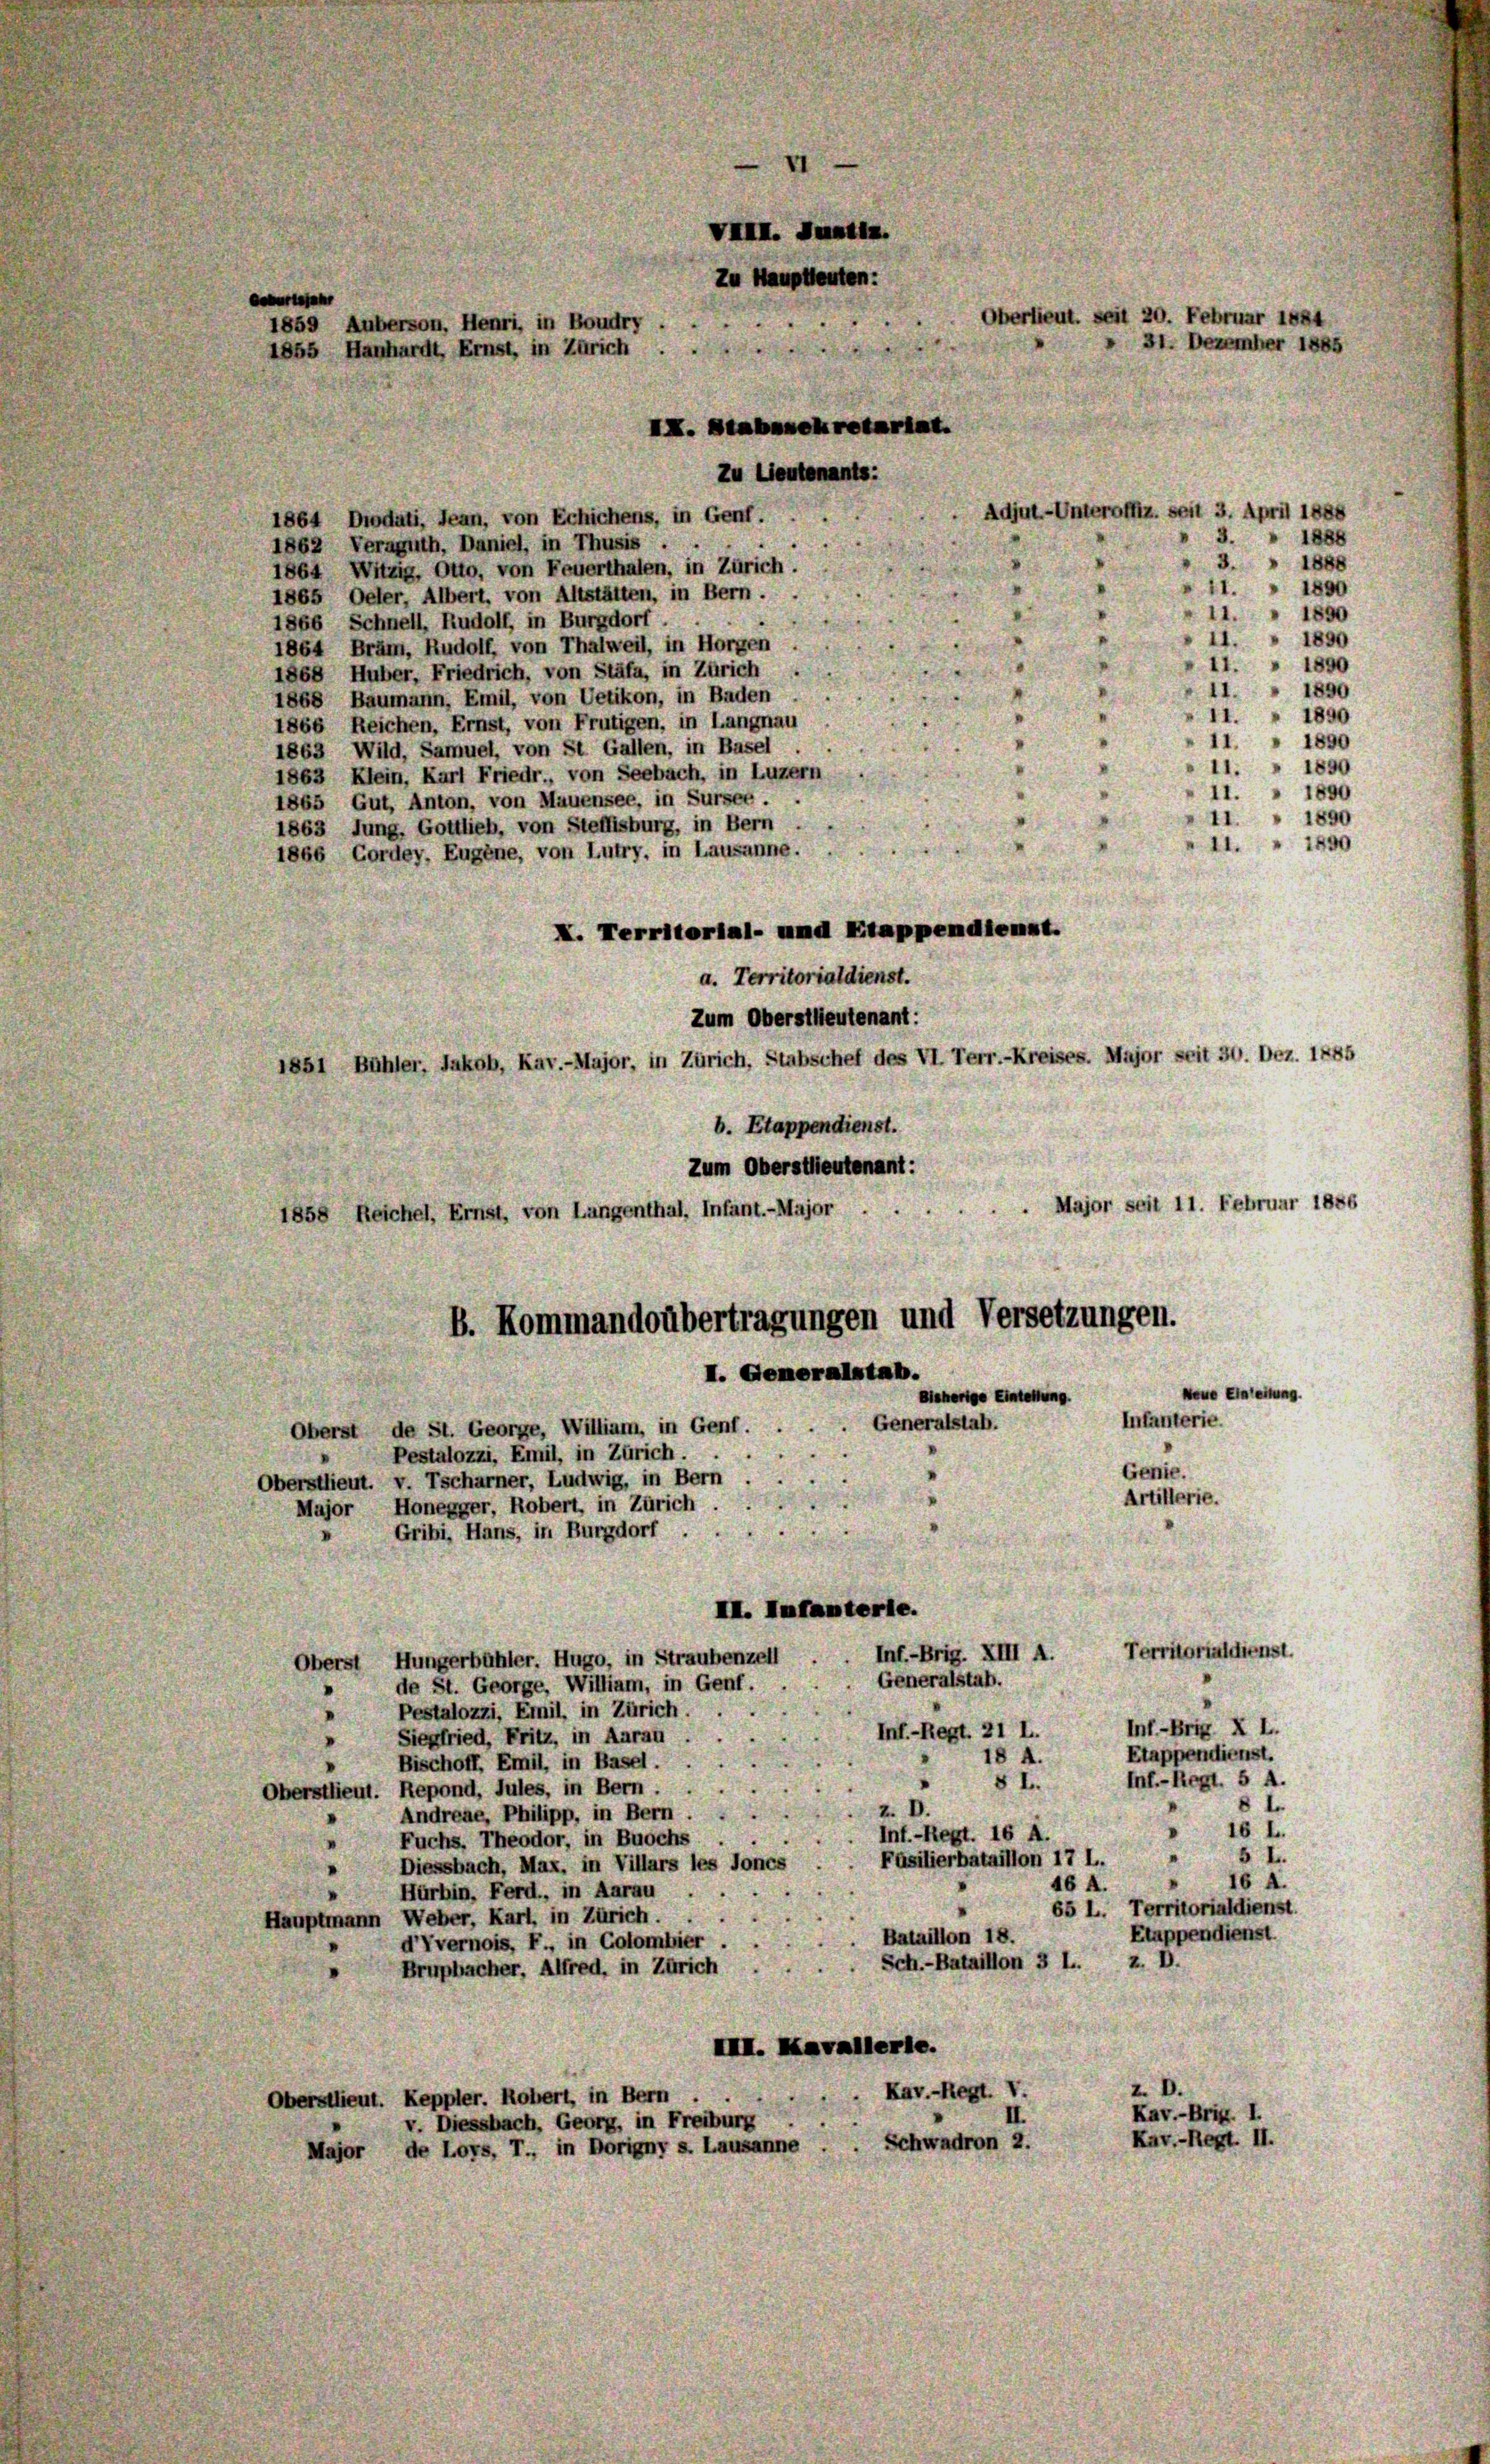
VIII. Justiz.
Zu Hauptleuten:
IX. Stabesekretariat.
Zu Lieutenants:
Adjut-Unteroffiz. seit 3. April 1888
1864 Diodati, Jean, von Echichens, in Genf.
1862 Veraguth, Daniel, in Thusis . .
1864 Witzig. Otto, von Feuerthalen, in Zürich.
1865 Oeler, Albert, von Altstätten, in Bern.
1866 Schnell, Rudolf, in Burgdorf ....
1864 Bräm, Rudolf, von Thalweil, in Horgen
1868 Huber, Friedrich, von Stäfa, in Zürich
1868 Baumann, Emil, von Uetikon, in Baden
1866 Reichen, Ernst, von Frutigen, in Langnau
1863 Wild, Samuel, von St. Gallen, in Basel
1863 Klein, Karl Friedr., von Seebach, in Luzern
1865 Gut, Anton, von Mauensee, in Sursee.
1863 Jung, Gottlieb, von Steffisburg, in Bern
1866 Cordey, Eugene, von Lutry, in Lausanne.
X. Territorial- und Etappendienst.
a. Territorialdienst.
Zum Oberstlieutenant:
1851 Bühler, Jakob, Kav.-Major, in Zürich, Stabschef des VI. Terr.-Kreises. Major seit 30. Dez. 1785
b. Etappendienst.
Zum Oberstlieutenant:
Major seit 11. Februar 1886
1858 Reichel, Ernst, von Langenthal. Infant.-Major
B. Kommandoübertragungen und Versetzungen.
I. Generalstab.
Neue Einleitung.
Beherige Eintellung.
Infanterie.
Generalstab.
Oberst de St. George, William, in Genf. .
Pestalozzi, Emil, in Zürich ...
.
Genie.
Oberstlieut. v. Tscharner, Ludwig, in Bern
Artillerie.
Major Honegger, Robert, in Zürich.
Gribi, Hans, in Burgdorf .
II. Infanterie.
Territorialdienst.
Inf.-Brig. XIII A.
Oberst Hungerbühler. Hugo, in Straubenzell
Generalstab.
de St. George, William, in Genf.
Pestalozzi, Emil, in Zürich.
Inf-Brig. X L.
Inf.-Regt. 21 L.
Siegfried, Fritz, in Aarau
Etappendienst.
18 A.
Bischoff, Emil, in Basel.
Inf.-Regl. 5 A.
8 I.
Oberstlieut. Repond, Jules, in Bern.
8 I
2.
Andreae, Philipp, in Bern.
16 L.
.
Inf.-Regt. 16 A.
Fuchs, Theodor, in Buochs
" 5 L.
Fasilierbataillon 17 L.
Diessbach, Max, in Villars les Jones
16 A.
46 A.
Hurhin, Ferd., in Aarau .
65 L. Territorialdienst.
Hauptmann Weber, Karl, in Zürich.
Etappendienst
Bataillon 18.
d’Vvernois, F., in Colombier.
Sch.-Bataillon 3 l. z. B
Brupbacher. Alfred, in Zürich
IIII. Kavallerie.
D.
Kav.-Regt. V.
Oberstlieut. Keppler. Rohert, in Bern
Kav.-Brig. I.
v. Diessbach, Georg, in Freiburg
Kuv.-Regt. II.
Schwadron 2.
Major de Loys, T., in Borigny s. Lausanne

e
1859 Auberson, Henri, in Boudry
1855 Hanhardt, Ernst, in Zürich

Oberlieut. seit 20. Februar 1884
31. Dezember 1885

3. 1888
 1888
1850
1890
1.
 1890
1.
I1. " 1890
1890
11
11.
1890
1890
1890
11. 1890
11. " 1890
41. " 1450